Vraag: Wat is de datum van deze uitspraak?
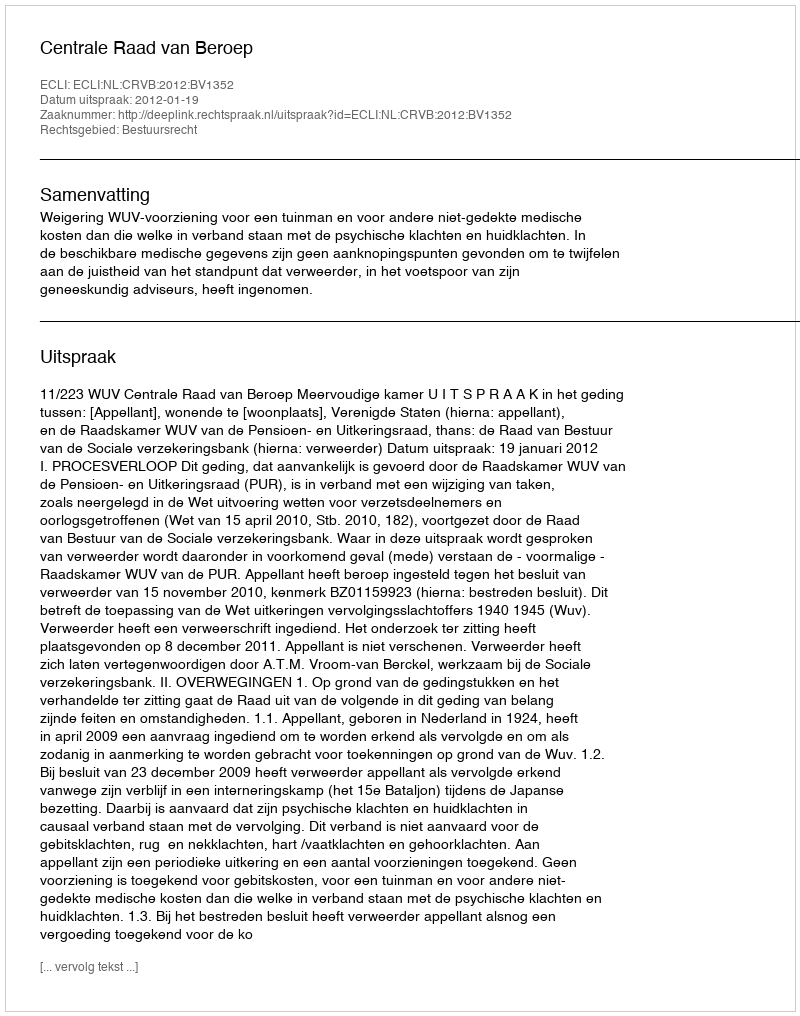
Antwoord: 2012-01-19